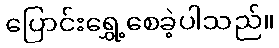
ပြောင်းရွှေ့စေခဲ့ပါသည်။